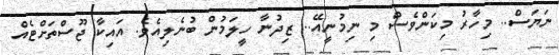
ނަޔަސް.. މިހާރު މިކަންވެސް މި ނިމުނީއޭ.. ޒިދުނާ ހީލަމުން ބުނެލިއެވެ. އައިކާ ޖޫސްތަށްޓެއް